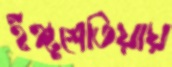
ইঙ্গুশেতিয়ায়